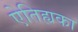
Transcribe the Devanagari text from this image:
ऐतिह्यका